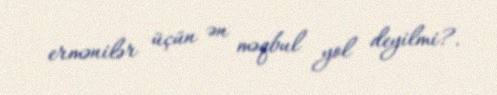
ermənilər üçün ən məqbul yol deyilmi?.